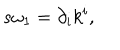
LaTeX: s \omega _ { 1 } = \partial _ { i } k ^ { i } ,